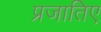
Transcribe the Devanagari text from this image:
प्रजातिए